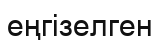
еңгізелген